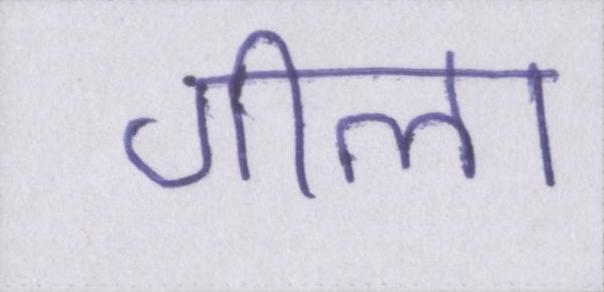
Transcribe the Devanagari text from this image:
गीला